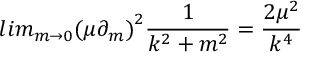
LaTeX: l i m _ { m \rightarrow 0 } { ( \mu \partial _ { m } ) } ^ { 2 } \frac { 1 } { k ^ { 2 } + m ^ { 2 } } = \frac { 2 \mu ^ { 2 } } { k ^ { 4 } }